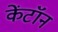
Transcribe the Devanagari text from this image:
केंटॉन